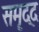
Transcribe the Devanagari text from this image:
समृद्द